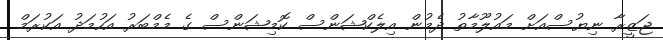
ޖަޒީރާ ނިޔުސްއަށް މައުލޫމާތު ދެމުން އިލެކްޝަންސް ކޮމިޝަންސް ގެ މެމްބަރު އަހުމަދު އަކުރަމް